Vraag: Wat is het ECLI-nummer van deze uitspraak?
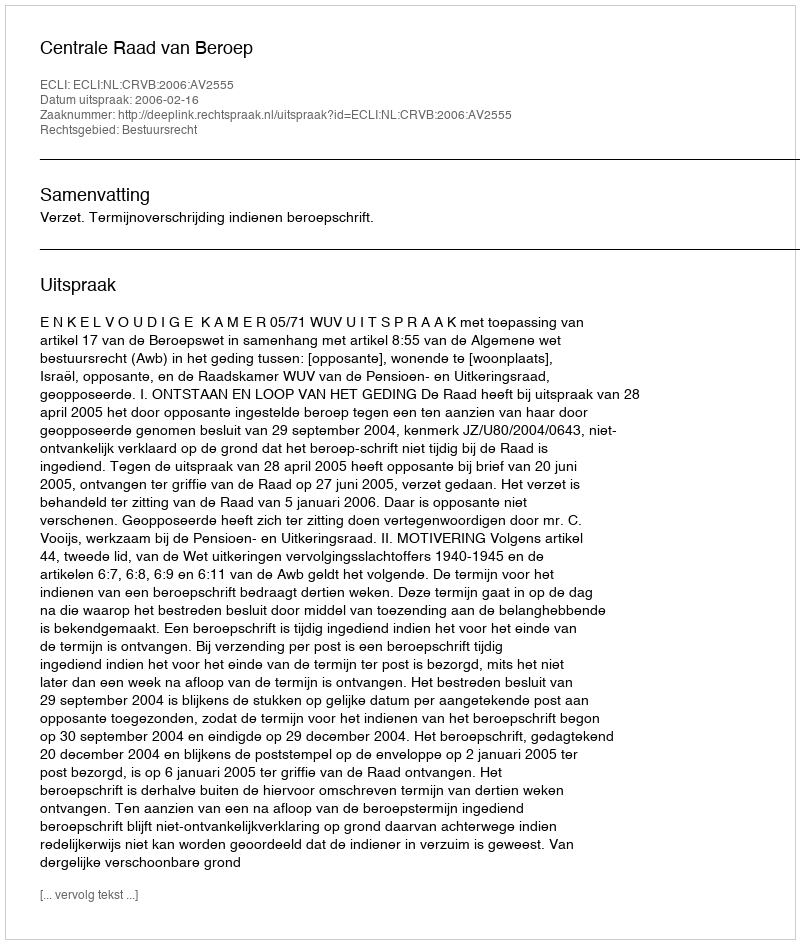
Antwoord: ECLI:NL:CRVB:2006:AV2555